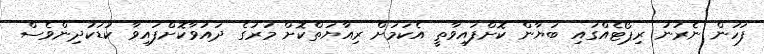
ފަހުން ނެރުނު ރިޕޯޓެއްގައި ބަޔާން ކޮށްފައިވާތީ އެކަމަށް ރިއާޔަތްކޮށް މަރުގެ ދައުވާކޮށްފައިވާ ކުޑަކުދިންވެސް